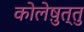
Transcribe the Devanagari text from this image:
कोलेष़ुत्तु